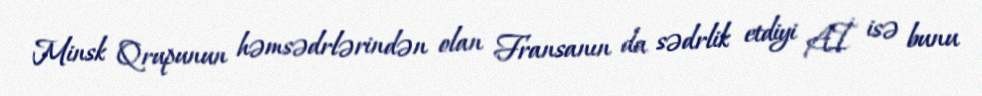
Minsk Qrupunun həmsədrlərindən olan Fransanın da sədrlik etdiyi Aİ isə bunu